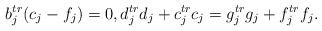
LaTeX: \begin{align*}b_j^{tr}(c_j-f_j)=0,d_j^{tr}d_j+c_j^{tr}c_j=g_j^{tr}g_j+f_j^{tr}f_j.\end{align*}